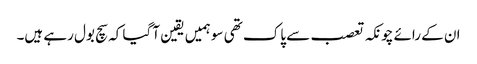
ان کے رائے چونکہ تعصب سے پاک تھی سو ہمیں یقین آ گیا کہ سچ بول رہے ہیں۔